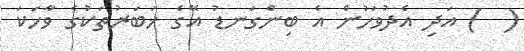
(  ) އަދި އެދުވަހުން އެ ބިންގަނޑު އޭގެ ޚަބަރުތަކުގެ ވާހަކަ